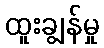
ထူးချွန်မှု